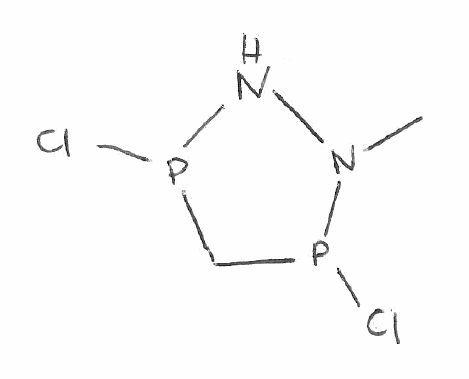
Simplified molecular-input line-entry system (SMILES) notation of the given molecule:
CN1NP(CP1Cl)Cl